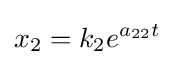
x_{2}=k_{2}e^{a_{22}t}